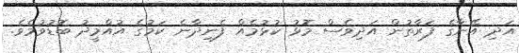
އަދި އޭނާގެ ފަރާތުން އަދިވެސް މޮޅު ކުޅުމެއް ފެނިދާނެ ކަމުގެ އުއްމީދު ބޮޑުވުމެވެ.